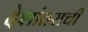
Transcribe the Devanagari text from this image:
देशांतराची